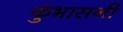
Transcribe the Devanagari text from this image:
कुंभासनी